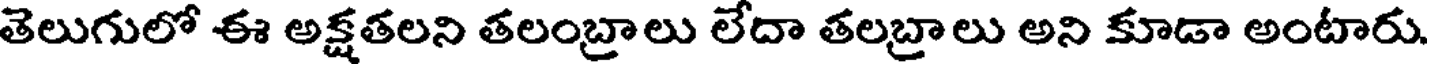
తెలుగులో ఈ అక్షతలని తలంబ్రాలు లేదా తలబ్రాలు అని కూడా అంటారు.